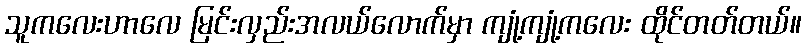
သူကလေးဟာလေ မြင်းလှည်းအလယ်လောက်မှာ ကျုံ့ကျုံ့ကလေး ထိုင်တတ်တယ်။